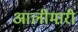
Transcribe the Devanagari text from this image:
आलीमारी